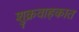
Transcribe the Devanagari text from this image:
शुक्रवाहकात